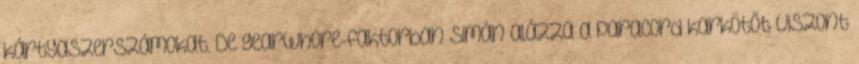
kártyaszerszámokat. De gearwhore-faktorban simán alázza a paracord karkötőt Viszont